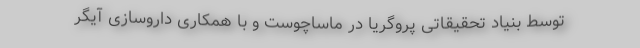
توسط بنیاد تحقیقاتی پروگریا در ماساچوست و با همکاری داروسازی آیگر